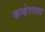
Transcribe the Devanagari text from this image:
कन्हेरगाव